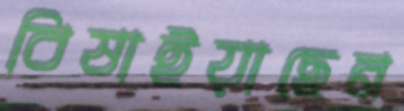
বিষাইয়াছেন